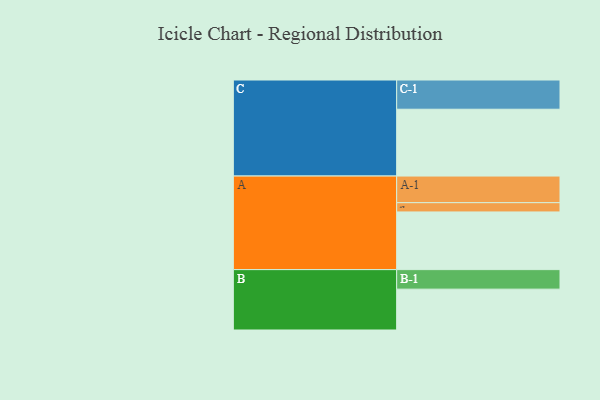
{"axis": {"x": "Segment", "y": "Value"}, "legend": ["", "A", "B", "C"], "data": [{"x": "A", "y": 511, "type": ""}, {"x": "B", "y": 362, "type": ""}, {"x": "C", "y": 592, "type": ""}, {"x": "A-1", "y": 236, "type": "A"}, {"x": "A-2", "y": 82, "type": "A"}, {"x": "B-1", "y": 173, "type": "B"}, {"x": "C-1", "y": 259, "type": "C"}]}